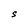
Character: S